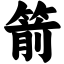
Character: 箭